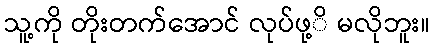
သူ့ကို တိုးတက်အောင် လုပ်ဖု့ိ မလိုဘူး။